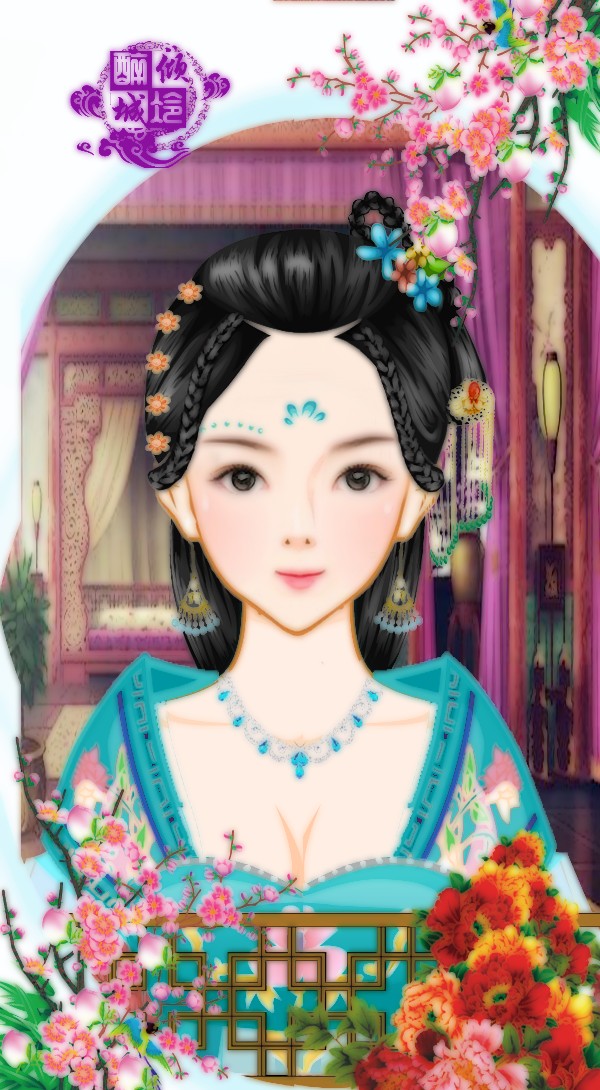
天街曾醉美人畔，凉枝移插乌巾。